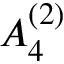
{ A } _ { 4 } ^ { ( 2 ) }